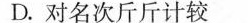
D.对名次斤斤计较